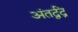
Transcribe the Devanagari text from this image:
अंतर्द्वंद्र